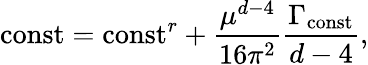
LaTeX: {\mathrm{const}}={\mathrm{const}}^{r}+\frac{\mu^{d-4}}{16\pi^{2}}\frac{\Gamma_{\mathrm{const}}}{d-4},